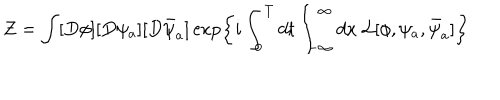
LaTeX: Z = \int [ D \phi ] [ D \psi _ { a } ] [ D \bar { \psi } _ { a } ] \exp \left\{ i \int _ { 0 } ^ { T } d t \int _ { - \infty } ^ { \infty } d x \ { \cal L } [ \phi , \psi _ { a } , \bar { \psi } _ { a } ] \right\}